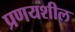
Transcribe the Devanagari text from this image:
प्रणयशील